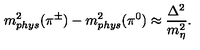
m _ { p h y s } ^ { 2 } ( \pi ^ { \pm } ) - m _ { p h y s } ^ { 2 } ( \pi ^ { 0 } ) \approx \frac { \Delta ^ { 2 } } { m _ { \eta } ^ { 2 } } .